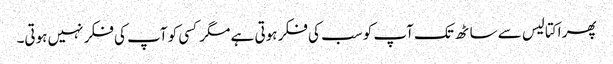
پھر اکتالیس سے ساٹھ تک آپ کو سب کی فکر ہوتی ہے مگر کسی کو آپ کی فکر نہیں ہوتی۔